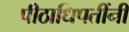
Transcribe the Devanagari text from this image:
पीठाधिपतींनी